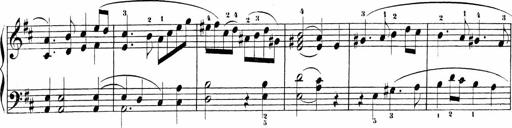
Title: Sonatinen Op.47, 98 und 136, nebst 6 Liedersonatinen
Composer: Carl Reinecke